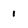
Character: 1